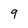
Character: 9